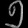
Digit: ၅